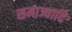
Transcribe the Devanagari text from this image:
समाज्वादि